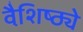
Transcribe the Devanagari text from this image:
वैशि़ष्ठ्ये